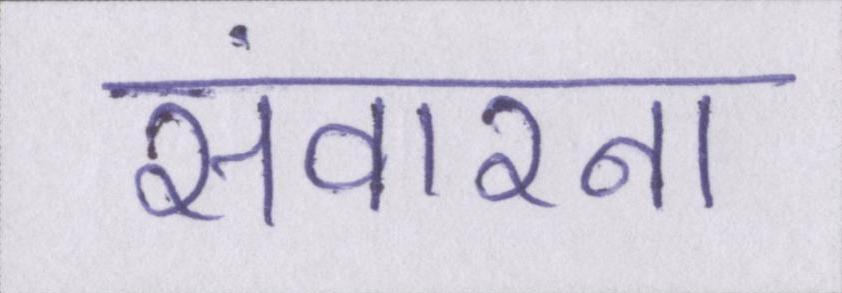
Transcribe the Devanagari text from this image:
संवारना